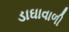
ડાઘાવાળી